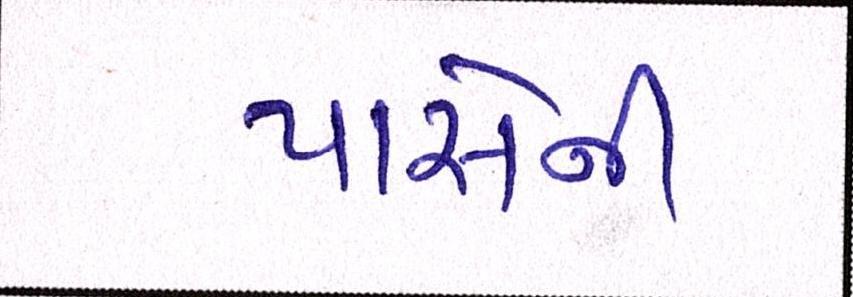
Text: પાસેની